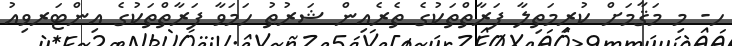
ހ- މި މަޤާމަށް ކުރިމަތިލާ ފަރާތްތަކުގެ ތެރެއިން ޝަރުޠު ހަމަވާ ފަރާތްތަކުގެ އިންޓަރވިއު